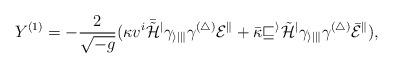
LaTeX: \begin{align*}Y^{(1)} = - \frac{2}{\sqrt{-g}}(\kappa v^{i} \bar{\tilde{\cal H}}^{j} \gamma_{i j k} \gamma^{(4)} E^{k} + \bar{\kappa} v^{i} \tilde{\cal H}^{j} \gamma_{i j k} \gamma^{(4)} \bar{E}^{k} ) ,\end{align*}